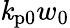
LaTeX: \mathit{k}_{\mathrm{{p0}}}w_{0}